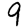
Digit: 9